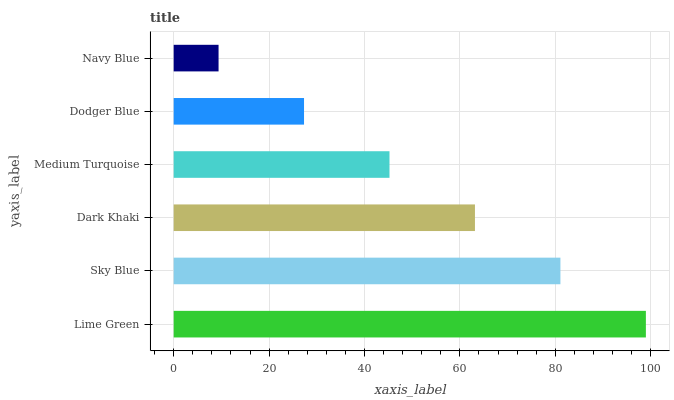
| yaxis_label | bars |
 | --- | --- |
 | Lime Green | 99 |
 | Sky Blue | 81.1 |
 | Dark Khaki | 63.2 |
 | Medium Turquoise | 45.2 |
 | Dodger Blue | 27.3 |
 | Navy Blue | 9.41 |